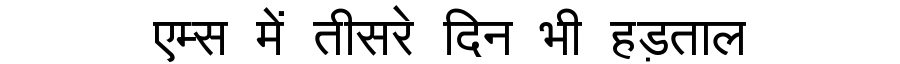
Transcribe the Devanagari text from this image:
एम्स में तीसरे दिन भी हड़ताल